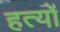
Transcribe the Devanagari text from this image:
हत्यों